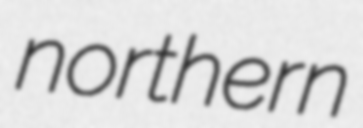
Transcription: northern